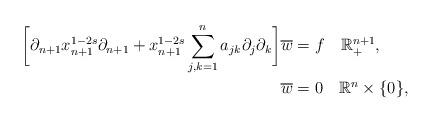
LaTeX: \begin{align*}\bigg[\partial_{n+1}x_{n+1}^{1-2s}\partial_{n+1}+x_{n+1}^{1-2s}\sum_{j,k=1}^{n}a_{jk}\partial_{j}\partial_{k}\bigg]\overline{w} & =f\quad\mathbb{R}_{+}^{n+1},\\\overline{w} & =0\quad\mathbb{R}^{n}\times\{0\},\end{align*}